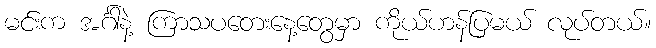
မင်းက အင်္ဂါနဲ့ ကြာသပတေးနေ့တွေမှာ ကိုယ်ဟန်ပြမယ် လုပ်တယ်။